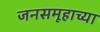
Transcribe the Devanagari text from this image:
जनसमूहाच्‍या